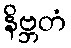
နိဗ္ဘတံ